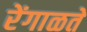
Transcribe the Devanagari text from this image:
रेंगाळते